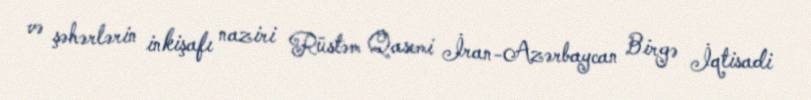
və şəhərlərin inkişafı naziri Rüstəm Qasemi İran-Azərbaycan Birgə İqtisadi